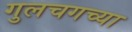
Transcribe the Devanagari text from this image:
गुलचगच्या